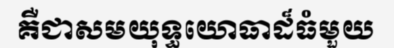
គឺជាសមយុទ្ធយោធាដ៏ធំមួយ